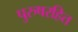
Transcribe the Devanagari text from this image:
पुरुषरहित